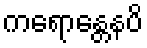
ကရောန္တေနပိ